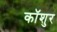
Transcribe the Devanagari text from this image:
कॉशुर